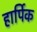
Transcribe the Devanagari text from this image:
हार्पिक